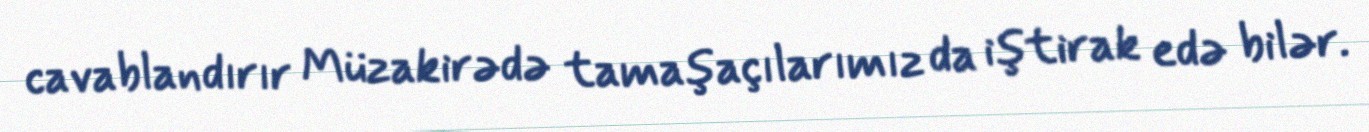
cavablandırır Müzakirədə tamaşaçılarımız da iştirak edə bilər.